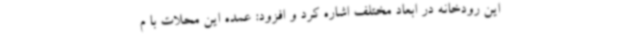
این رودخانه در ابعاد مختلف اشاره کرد و افزود: عمده این محلات با م